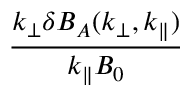
\frac { k _ { \perp } \delta B _ { A } ( k _ { \perp } , k _ { \parallel } ) } { k _ { \parallel } B _ { 0 } }